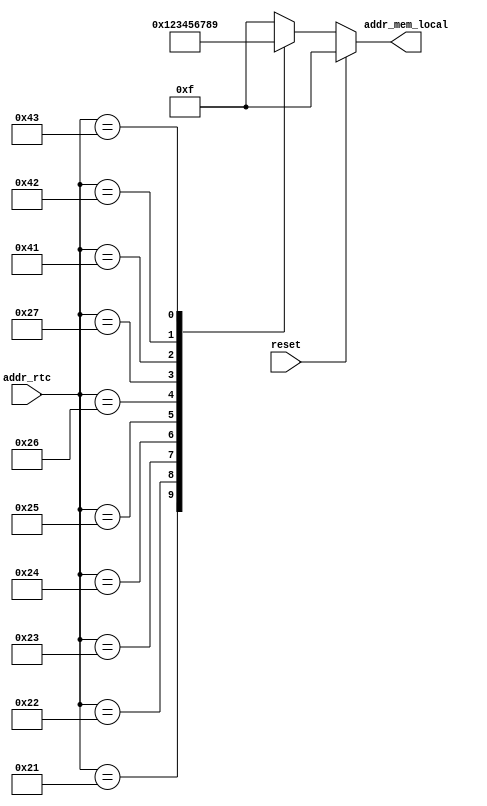
`timescale 1ns / 1ps
//////////////////////////////////////////////////////////////////////////////////
// Company: 
// Engineer: 
// 
// Design Name: 
// Module Name:    traducto_addr_rtc_addr_mem_local 
// Project Name: 
// Target Devices: 
// Tool versions: 
// Description: 
//
// Dependencies: 
//
// Revision: 
// Revision 0.01 - File Created
// Additional Comments: 
//
//////////////////////////////////////////////////////////////////////////////////
module traducto_addr_rtc_addr_mem_local(
	input reset,
	input [7:0]addr_rtc,
	output reg [3:0]addr_mem_local
    );
	 always@*
	 begin
	 if (reset) addr_mem_local = 4'b1111;
	 else begin
	 case (addr_rtc)
		8'h21: addr_mem_local = 4'b0000;
		8'h22: addr_mem_local = 4'b0001;
		8'h23: addr_mem_local = 4'b0010;
		8'h24: addr_mem_local = 4'b0011;
		8'h25: addr_mem_local = 4'b0100;
		8'h26: addr_mem_local = 4'b0101;
		8'h27: addr_mem_local = 4'b0110;
		8'h41: addr_mem_local = 4'b0111;
		8'h42: addr_mem_local = 4'b1000;
		8'h43: addr_mem_local = 4'b1001;
		default: addr_mem_local = 4'b1111;
		endcase
		end
	 end

endmodule